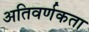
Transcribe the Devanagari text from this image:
अतिवर्णकता